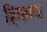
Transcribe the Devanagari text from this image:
हिममय